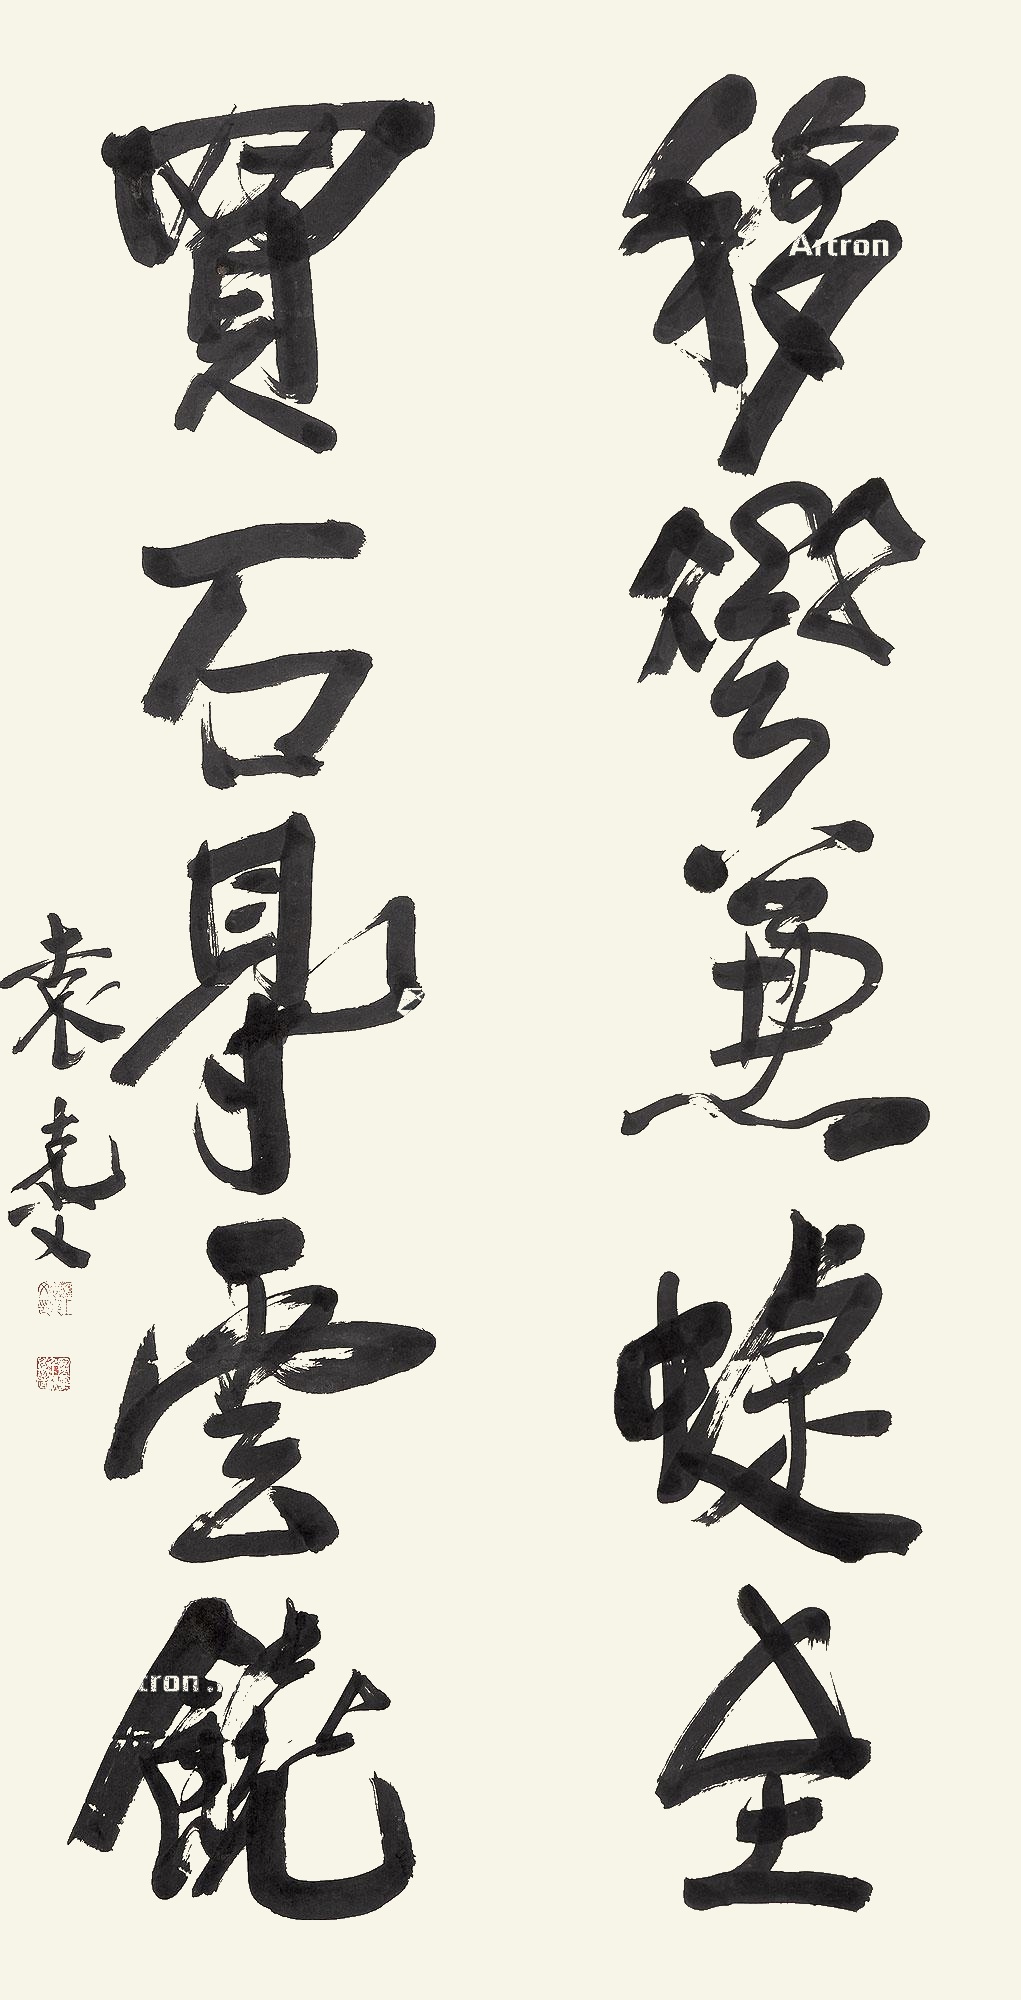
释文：移花兼蝶至，买石得云饶。袁克文。